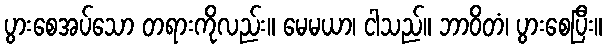
ပွားစေအပ်သော တရားကိုလည်း။ မေမယာ၊ ငါသည်။ ဘာဝိတံ၊ ပွားစေပြီး။